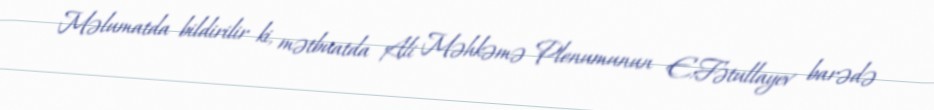
Məlumatda bildirilir ki, mətbuatda Ali Məhkəmə Plenumunun E.Fətullayev barədə